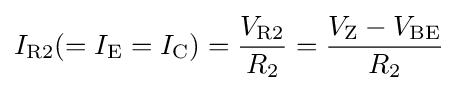
I_{\text{R2}}(=I_{\text{E}}=I_{\text{C}})={\frac {V_{\text{R2}}}{R_{\text{2}}}}={\frac {V_{\text{Z}}-V_{\text{BE}}}{R_{\text{2}}}}